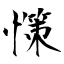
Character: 憡